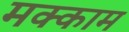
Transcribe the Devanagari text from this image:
मक्काम